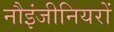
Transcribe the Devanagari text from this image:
नौइंजीनियरों